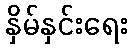
နှိမ်နှင်းရေး